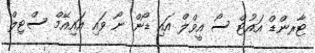
ޓާރންޑް އައުޓް ސޯ އީވްލް އައި ޑޯން ނޯ ވައި އައިއޭމް ސްޓިލް